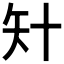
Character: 𥎧